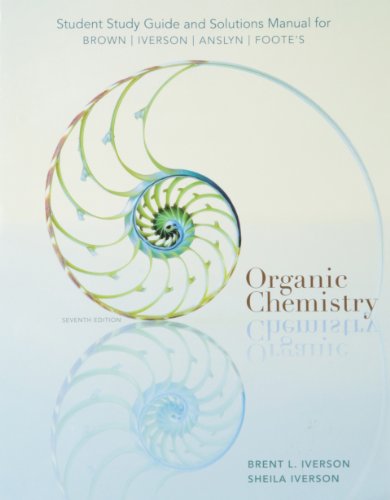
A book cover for Student Study Guide and Solutions Manual for Organic Chemistry, 7th Edition; William H. Brown; Science & Math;